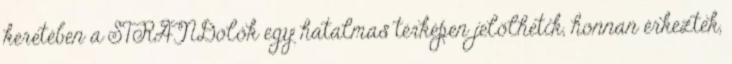
keretében a STRANDolók egy hatalmas térképen jelölhetik, honnan érkeztek,